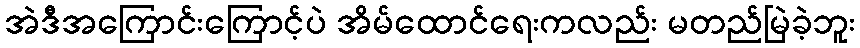
အဲဒီအကြောင်းကြောင့်ပဲ အိမ်ထောင်ရေးကလည်း မတည်မြဲခဲ့ဘူး